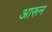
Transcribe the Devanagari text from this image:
आरून